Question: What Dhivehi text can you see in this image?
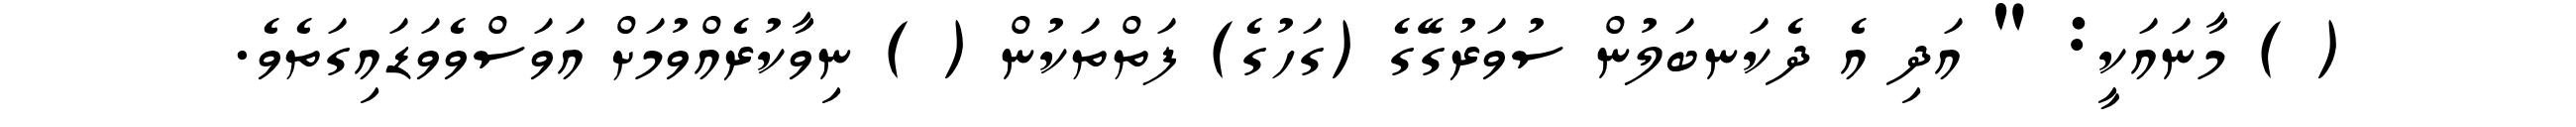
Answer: ( ) މާނައަކީ: " އަދި އެ ދެކަނބަލުން ސުވަރުގޭގެ (ގަހުގެ) ފަތްތަކުން ( ) ނިވާކުރެއްވުމަށް އަވަސްވެވަޑައިގަތެވެ.